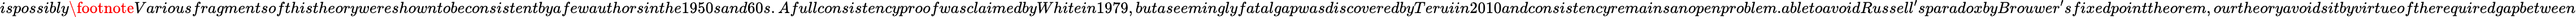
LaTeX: ispossibly\footnote{Variousfragmentsofthistheorywereshowntobeconsistentbyafewauthorsinthe1950sand60s.AfullconsistencyproofwasclaimedbyWhitein1979,butaseeminglyfatalgapwasdiscoveredbyTeruiin2010andconsistencyremainsanopenproblem.}abletoavoidRussell^{\prime}sparadoxbyBrouwer^{\prime}sfixedpointtheorem,ourtheoryavoidsitbyvirtueoftherequiredgapbetween